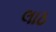
લાઠ